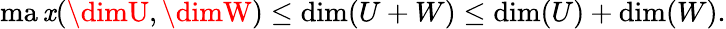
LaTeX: \operatorname*{ma\mathit{x}}(\dimU,\dimW)\leq\dim(U+W)\leq\dim(U)+\dim(W).